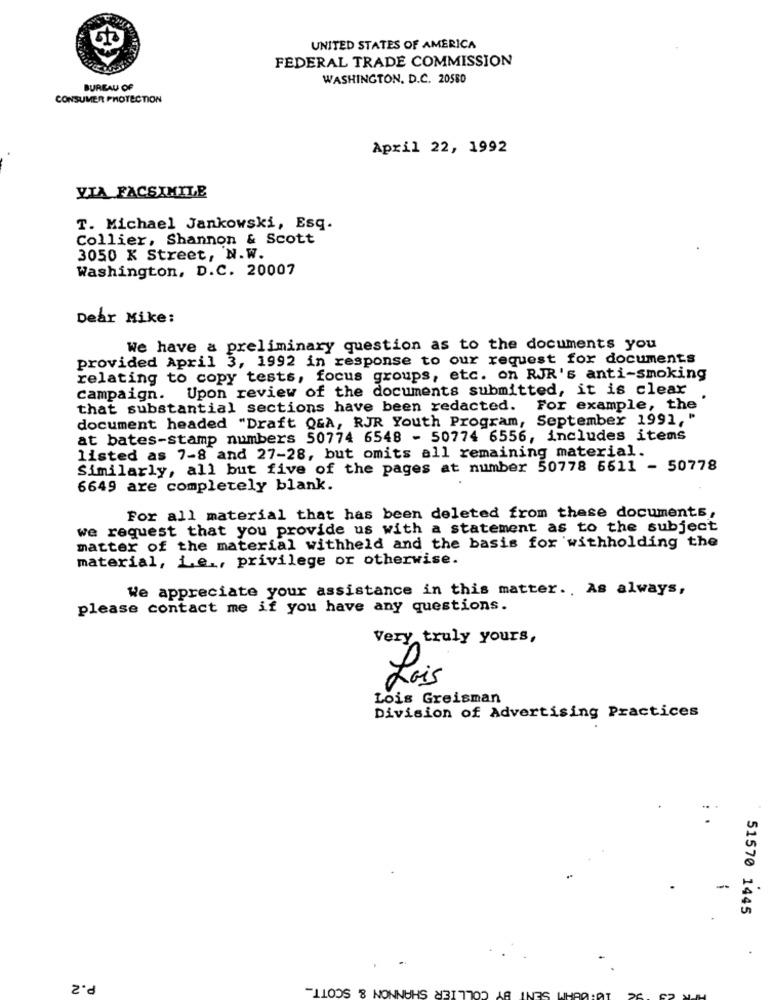
UNITED STATES OF AMERICA
FEDERAL TRADE COMMISSION
WASHINGTON, D.C. 20580
BUREAU OF
CONSUMER PROTECTION
April 22, 1992
VIA FACSIMILE
T. Michael Jankowski, Esq.
Collier, Shannon & Scott
3050 K Street, N.W.
Washington, D.C. 20007
Dear Mike:
We have a preliminary question as to the documents you
provided April 3, 1992 in response to our request for documents
relating to copy tests, focus groups, etc. on RJR's anti-smoking
campaign. Upon review of the documents submitted, it is clear
that substantial sections have been redacted. For example, the
document headed "Draft Q&A, RJR Youth Program, September 1991, "
at bates-stamp numbers 50774 6548 - 50774 6556, includes items
listed as 7-8 and 27-28, but omits all remaining material.
Similarly, all but five of the pages at number 50778 6611 - 50778
6649 are completely blank.
For all material that has been deleted from these documents,
we request that you provide us with a statement as to the subject
matter of the material withheld and the basis for withholding the
material, Le ., privilege or otherwise.
We appreciate your assistance in this matter ., As always,
please contact me if you have any questions.
Very truly yours,
Lois
Lois Greisman
Division of Advertising Practices
51570 1445
.
P.2
COLLIER SHANNON & SCOTT_
LINES WHRA